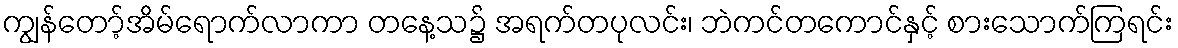
ကျွန်တော့်အိမ်ရောက်လာကာ တနေ့သ၌ အရက်တပုလင်း၊ ဘဲကင်တကောင်နှင့် စားသောက်ကြရင်း